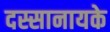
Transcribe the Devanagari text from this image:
दस्सानायके